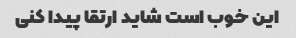
این خوب است شاید ارتقا پیدا کنی